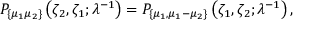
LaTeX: P _ { \{ \mu _ { 1 } \mu _ { 2 } \} } \left( \zeta _ { 2 } , \zeta _ { 1 } ; \lambda ^ { - 1 } \right) = P _ { \{ \mu _ { 1 } , \mu _ { 1 } - \mu _ { 2 } \} } \left( \zeta _ { 1 } , \zeta _ { 2 } ; \lambda ^ { - 1 } \right) ,